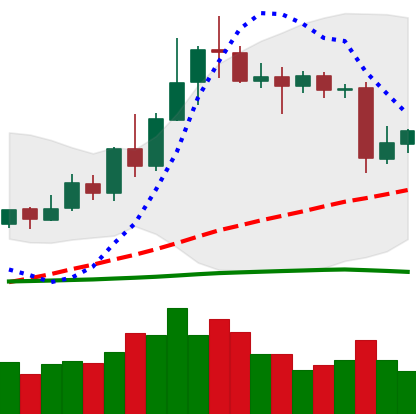
Ticker: XLM-USD
Chart end date: 2020-06-13
Forward return: -4.521%
Label: down_3_5